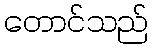
တောင်သည်